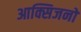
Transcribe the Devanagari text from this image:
आक्सिजनों